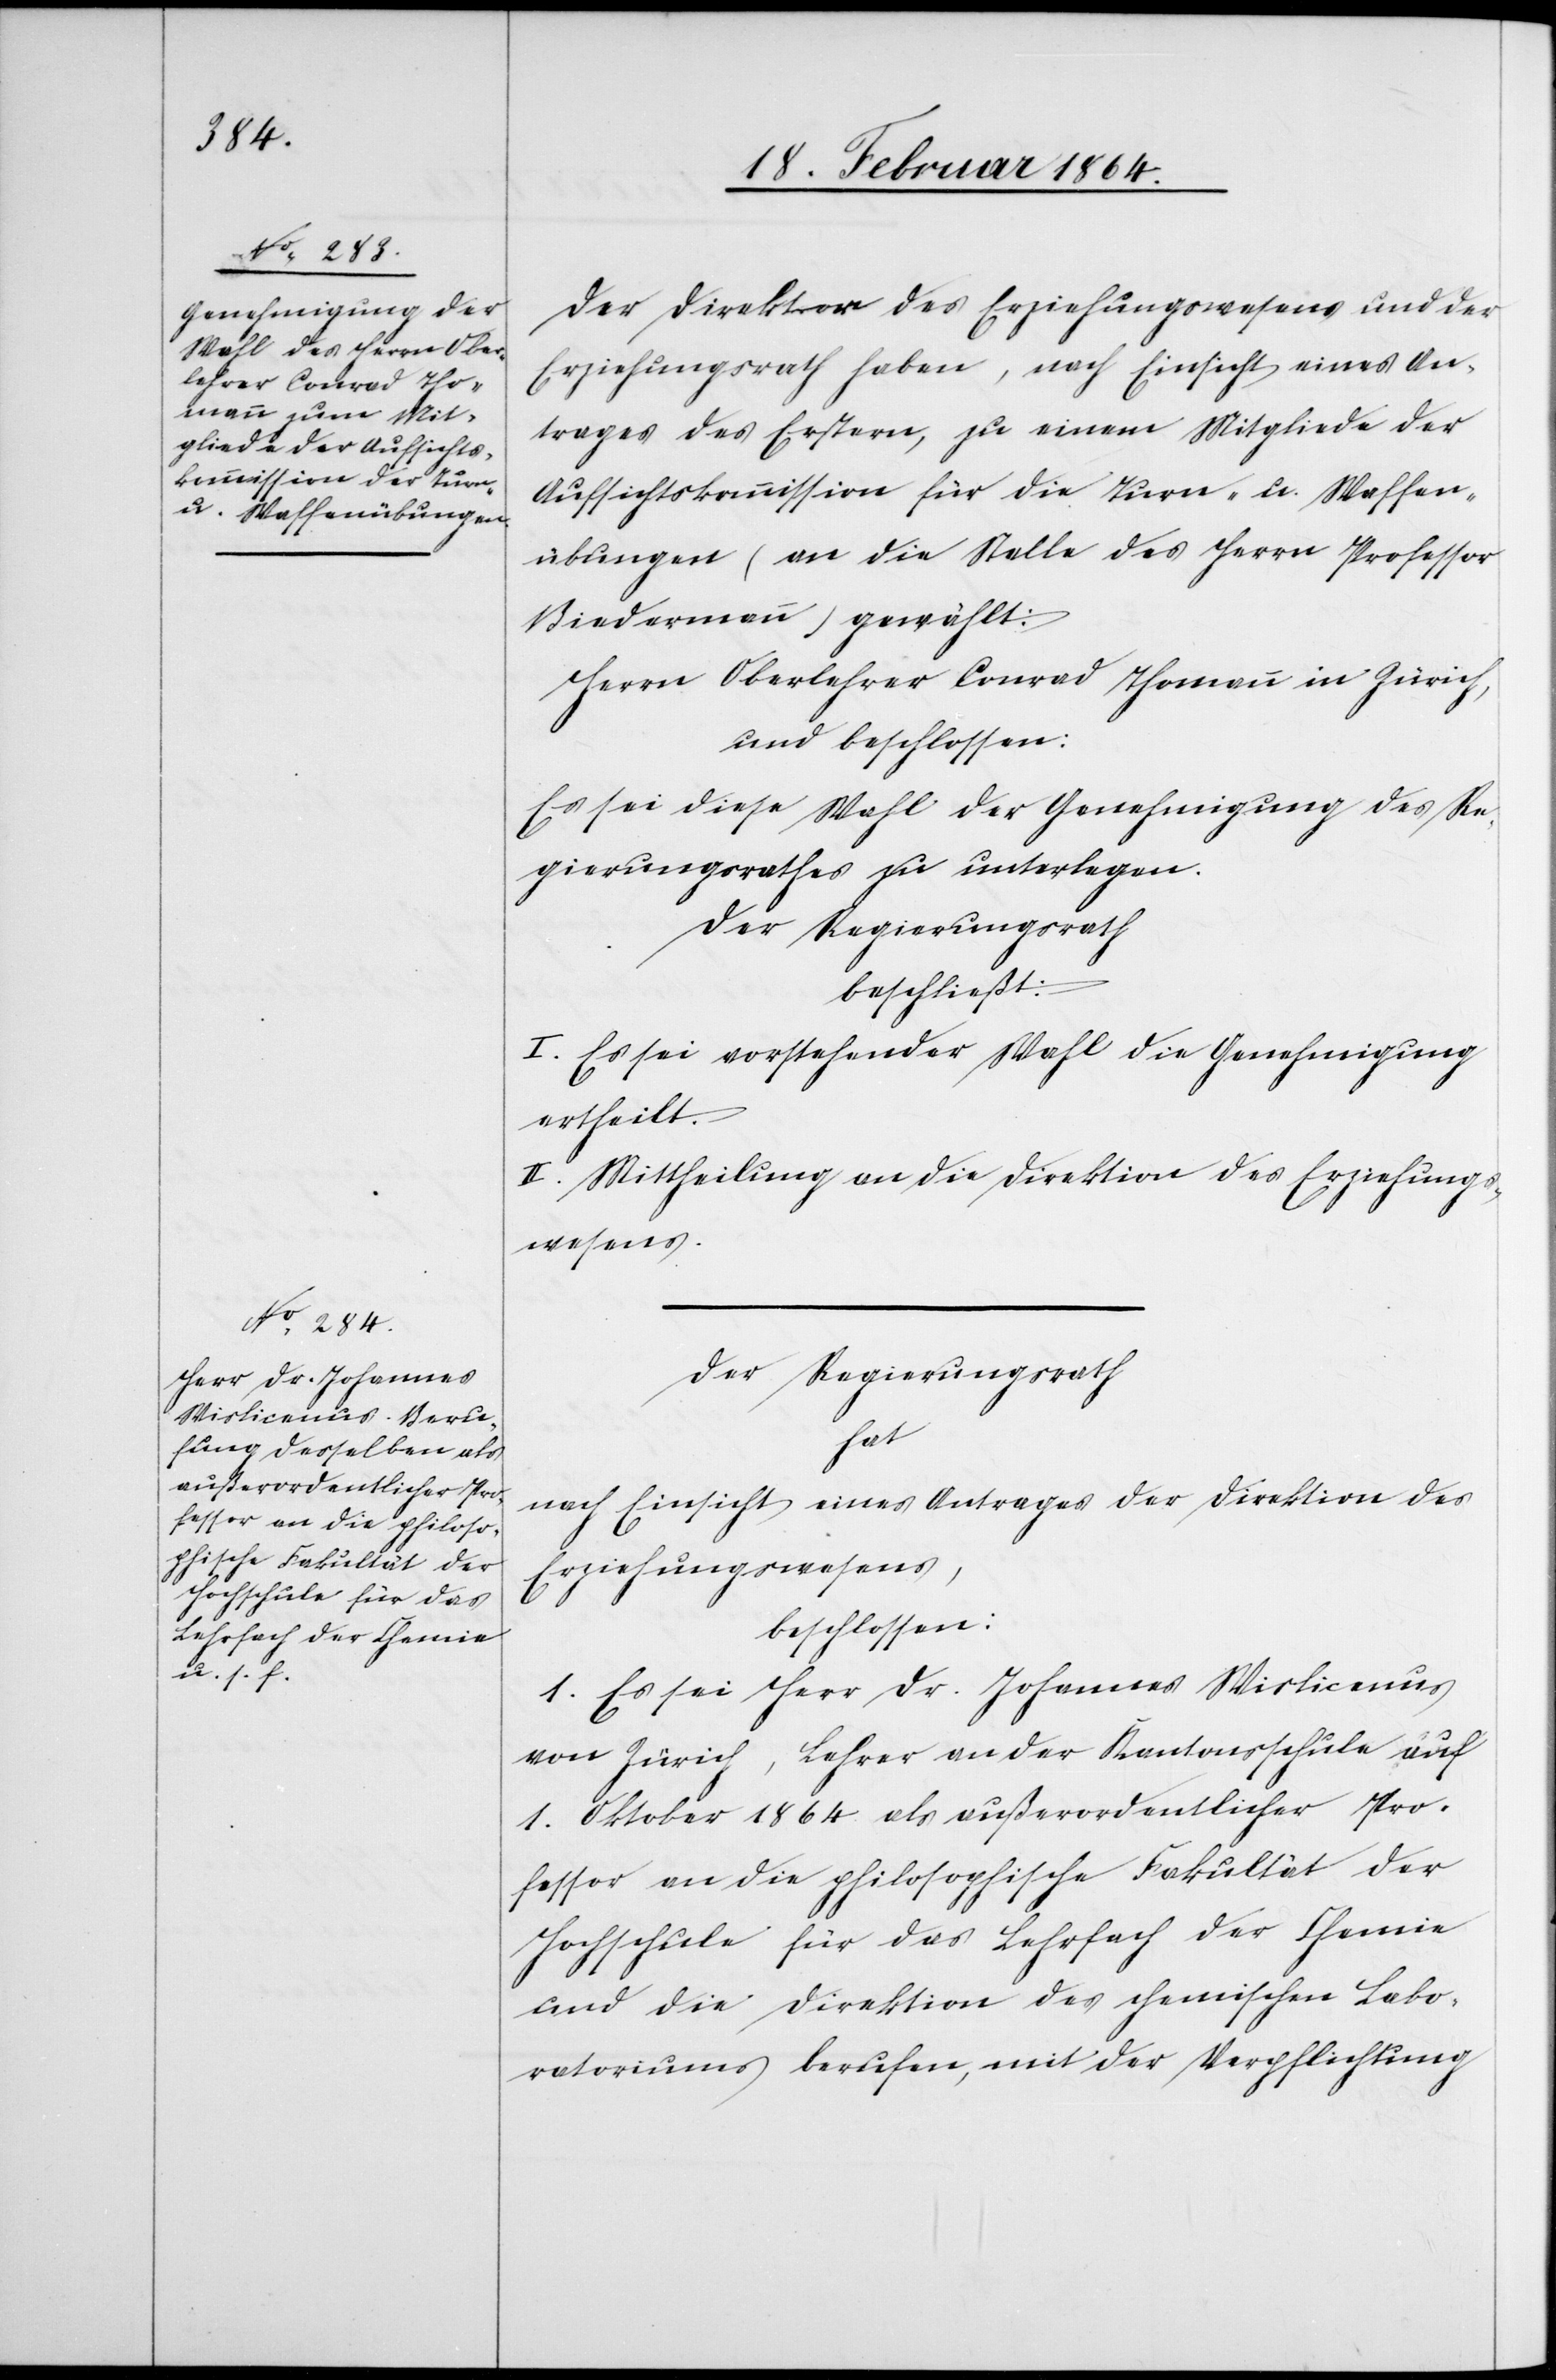
Der Direktor des Erziehungswesens und der
Erziehungsrat haben, nach Einsicht eines An¬
trages des Erstern, zu einem Mitgliede der
Aufsichtskommission für die Turn- u. Waffen¬
übungen (an die Stelle des Herrn Professor
Biedermann) gewählt:
Herrn Oberlehrer Conrad Thomann in Zürich,
und beschlossen:
Es sei diese Wahl der Genehmigung des Re¬
gierungsrathes zu unterlegen.
Der Regierungsrath
beschließt:
I. Es sei vorstehender Wahl die Genehmigung
ertheilt.
II. Mittheilung an die Direktion des Erziehungs¬
wesens.
Der Regierungsrath
hat
nach Einsicht eines Antrages der Direktion des
Erziehungswesens,
beschlossen:
1. Es sei Herr Dr. Johannes Wislicenus
von Zürich, Lehrer an der Kantonsschule auf
1. Oktober 1864 als außerordentlicher Pro¬
fessor an die philosophische Fakultät der
Hochschule für das Lehrfach der Chemie
und die Direktion des chemischen Labo¬
ratoriums berufen, mit der Verpflichtung